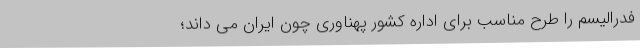
فدرالیسم را طرح مناسب برای اداره کشور پهناوری چون ایران می داند؛